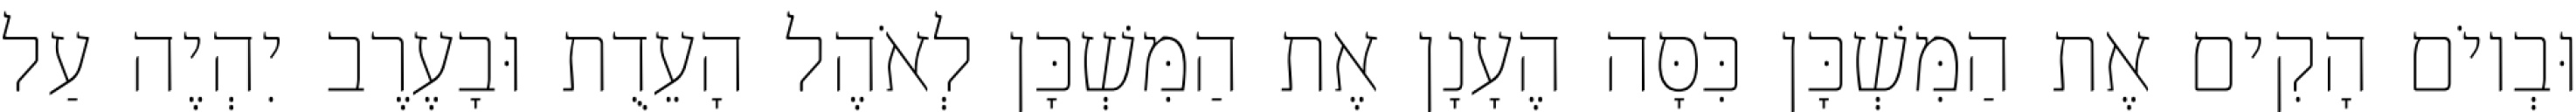
וּבְיוֹם הָקִים אֶת הַמִּשְׁכָּן כִּסָּה הֶעָנָן אֶת הַמִּשְׁכָּן לְאֹהֶל הָעֵדֻת וּבָעֶרֶב יִהְיֶה עַל